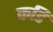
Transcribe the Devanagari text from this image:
कडि